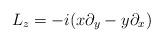
LaTeX: \begin{align*}L_z=-i(x\partial_y-y\partial_x)\end{align*}